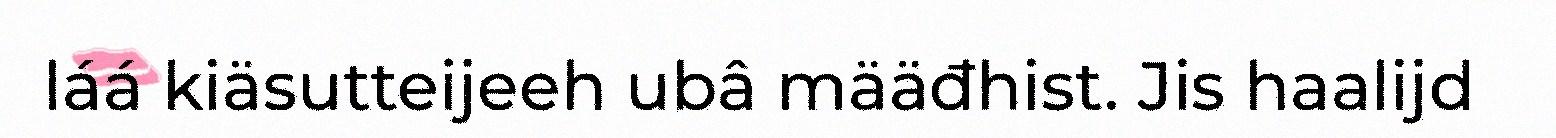
láá kiäsutteijeeh ubâ määđhist. Jis haalijd